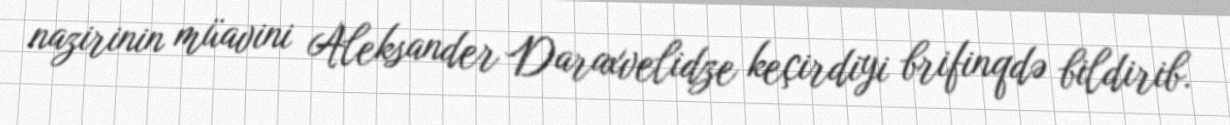
nazirinin müavini Aleksander Daraxvelidze keçirdiyi brifinqdə bildirib.